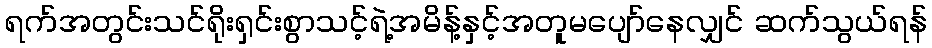
ရက်အတွင်းသင်ရိုးရှင်းစွာသင့်ရဲ့အမိန့်နှင့်အတူမပျော်နေလျှင် ဆက်သွယ်ရန်